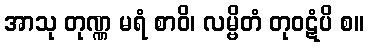
အာသု တုဏ္ဏ မရံ စာဝိ၊ လမ္ဗိတံ တုဝဋံပိ စ။